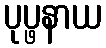
ပုပ္ဖနာယ